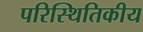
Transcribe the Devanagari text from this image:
परिस्थितिकीय